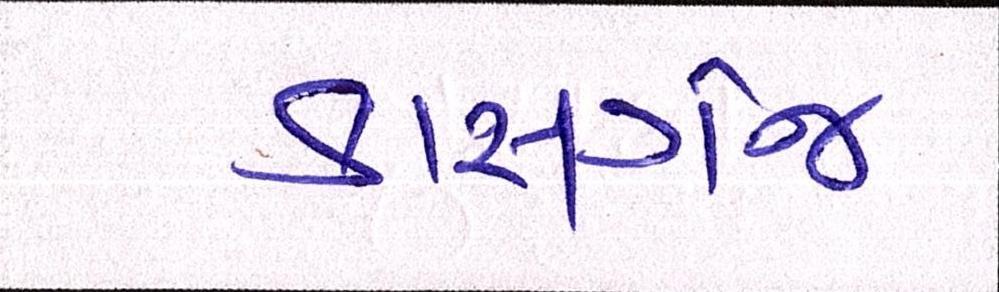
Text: કાસગંજ